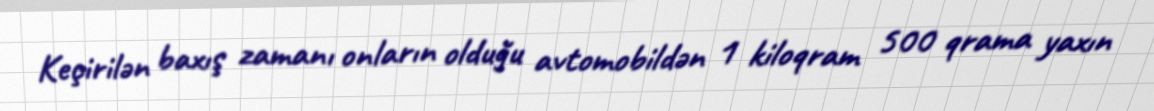
Keçirilən baxış zamanı onların olduğu avtomobildən 1 kiloqram 500 qrama yaxın